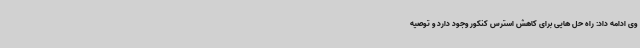
وی ادامه داد: راه حل هایی برای کاهش استرس کنکور وجود دارد و توصیه